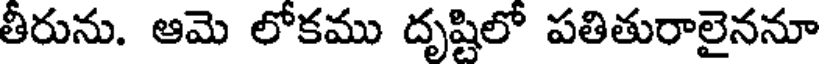
తీరును. ఆమె లోకము దృష్టిలో పతితురాలైననూ